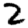
Digit: 2